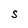
Character: S